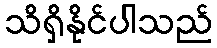
သိရှိနိုင်ပါသည်